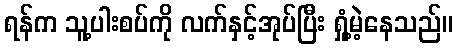
ရန်က သူ့ပါးစပ်ကို လက်နှင့်အုပ်ပြီး ရှုံ့မဲ့နေသည်။